Annual administration report of the Civil Veterinary Department of India - 1898-1899
Year: 1898
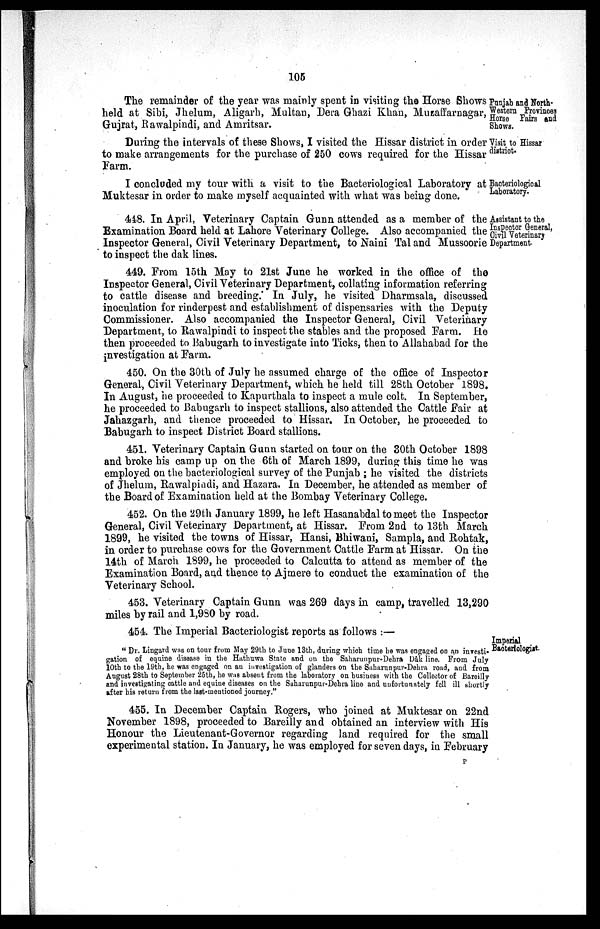
105
Punjab and North-
Western Provinces
Horse Fairs and
Shows.
The remainder of the year was mainly spent in visiting the Horse Shows
held at Sibi, Jhelum, Aligarh, Multan, Dera Ghazi Khan, Muzaffarnagar,
Gujrat, Rawalpindi, and Amritsar.
Visit to Hissar
district.
During the intervals of these Shows, I visited the Hissar district in order
to make arrangements for the purchase of 250 cows required for the Hissar
Farm.
Bacteriological
Laboratory.
I concluded my tour with a visit to the Bacteriological Laboratory at
Muktesar in order to make myself acquainted with what was being done.
Assistant to the
Inspector General,
Civil Veterinary
Department.
448. In April, Veterinary Captain Gunn attended as a member of the
Examination Board held at Lahore Veterinary College. Also accompanied the
Inspector General, Civil Veterinary Department, to Naini Tal and Mussoorie
to inspect the dak lines.
449. From 15th May to 21st June he worked in the office of the
Inspector General, Civil Veterinary Department, collating information referring
to cattle disease and breeding. In July, he visited Dharmsala, discussed
inoculation for rinderpest and establishment of dispensaries with the Deputy
Commissioner. Also accompanied the Inspector General, Civil Veterinary
Department, to Rawalpindi to inspect the stables and the proposed Farm. He
then proceeded to Babugarh to investigate into Ticks, then to Allahabad for the
investigation at Farm.
450. On the 30th of July he assumed charge of the office of Inspector
General, Civil Veterinary Department, which he held till 28th October 1898.
In August, he proceeded to Kapurthala to inspect a mule colt. In September,
he proceeded to Babugarh to inspect stallions, also attended the Cattle Fair at
Jahazgarh, and thence proceeded to Hissar. In October, he proceeded to
Babugarh to inspect District Board stallions.
451. Veterinary Captain Gunn started on tour on the 30th October 1898
and broke his camp up on the 6th of March 1899, during this time he was
employed on the bacteriological survey of the Punjab; he visited the districts
of Jhelum, Rawalpindi, and Hazara. In December, he attended as member of
the Board of Examination held at the Bombay Veterinary College.
452. On the 29th January 1899, he left Hasanabdal to meet the Inspector
General, Civil Veterinary Department, at Hissar. From 2nd to 13th March
1899, he visited the towns of Hissar, Hansi, Bhiwani, Sampla, and Rohtak,
in order to purchase cows for the Government Cattle Farm at Hissar. On the
14th of March 1899, he proceeded to Calcutta to attend as member of the
Examination Board, and thence to Ajmere to conduct the examination of the
Veterinary School.
453. Veterinary Captain Gunn was 269 days in camp, travelled 13,290
miles by rail and 1,980 by road.
454. The Imperial Bacteriologist reports as follows:—
Imperial
Bacteriologist.
"Dr. Lingard was on tour from May 29th to June 13th, during which time he was engaged on an investi-
gation of equine disease in the Hathuwa State and on the Saharunpur-Dehra Dâk line. From July
10th to the 19th, he was engaged on an investigation of glanders on the Saharunpur-Dehra road, and from
August 28th to September 25th, he was absent from the laboratory on business with the Collector of Bareilly
and investigating cattle and equine diseases on the Saharunpur-Dehra line and unfortunately fell ill shortly
after his return from the last-mentioned journey."
455. In December Captain Rogers, who joined at Muktesar on 22nd
November 1898, proceeded to Bareilly and obtained an interview with His
Honour the Lieutenant-Governor regarding land required for the small
experimental station. In January, he was employed for seven days, in February
P